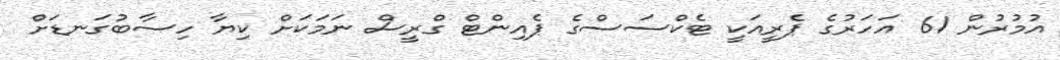
އުމުރުން 61 އަހަރުގެ ޕެރީއަކީ ޓެކްސަސްގެ ޕެއިންޓް ގްރީސް ނަމަކަށް ކިޔާ ހިސާބުގަނޑަށް